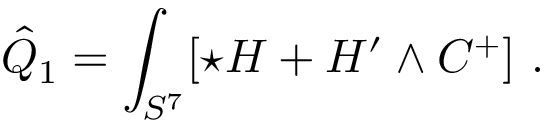
\hat { Q } _ { 1 } = \int _ { S ^ { 7 } } [ \star H + H ^ { \prime } \wedge C ^ { + } ] \ .